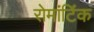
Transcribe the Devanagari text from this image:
रोमांटिंक